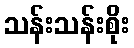
သန်းသန်းစိုး